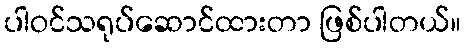
ပါဝင်သရုပ်ဆောင်ထားတာ ဖြစ်ပါတယ်။